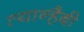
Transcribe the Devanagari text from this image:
त्यान्हैबी